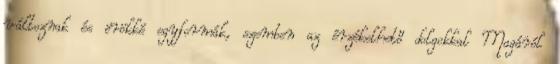
változnak és örökké egyformák, szemben az érzékelhető dolgokkal Magáról